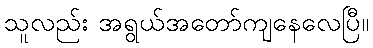
သူလည်း အရွယ်အတော်ကျနေလေပြီ။